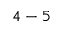
4 - 5